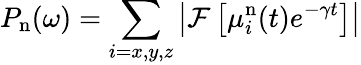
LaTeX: P_{\mathrm{n}}(\omega)=\sum_{i=x,y,z}\left|\mathcal{F}\left[\mu_{i}^{\mathrm{n}}(t)e^{-\gamma t}\right]\right|